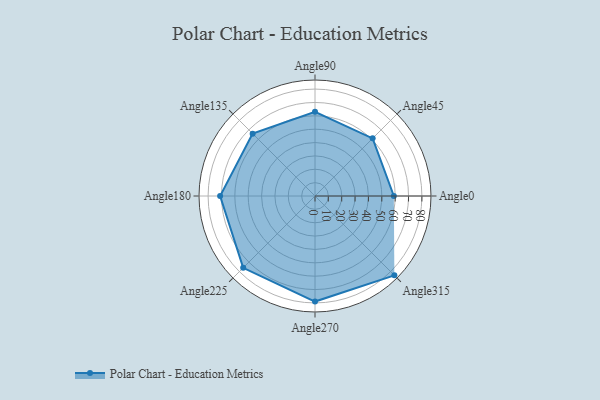
{"axis": {"x": "Angle", "y": "Radius"}, "legend": [""], "data": [{"x": "Angle0", "y": 59.0, "type": ""}, {"x": "Angle45", "y": 61.0, "type": ""}, {"x": "Angle90", "y": 63.0, "type": ""}, {"x": "Angle135", "y": 66.0, "type": ""}, {"x": "Angle180", "y": 71.0, "type": ""}, {"x": "Angle225", "y": 76.0, "type": ""}, {"x": "Angle270", "y": 79.0, "type": ""}, {"x": "Angle315", "y": 84.0, "type": ""}]}